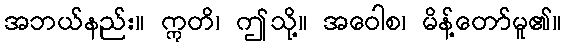
အဘယ်နည်း။ ဣတိ၊ ဤသို့။ အဝေါစ၊ မိန့်တော်မူ၏။